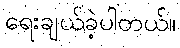
ရေးချယ်ခဲ့ပါတယ်။